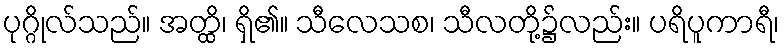
ပုဂ္ဂိုလ်သည်။ အတ္ထိ၊ ရှိ၏။ သီလေသစ၊ သီလတို့၌လည်း။ ပရိပူကာရီ၊